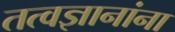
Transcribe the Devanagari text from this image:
तत्वज्ञानांना